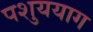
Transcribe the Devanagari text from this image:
पशुययाग